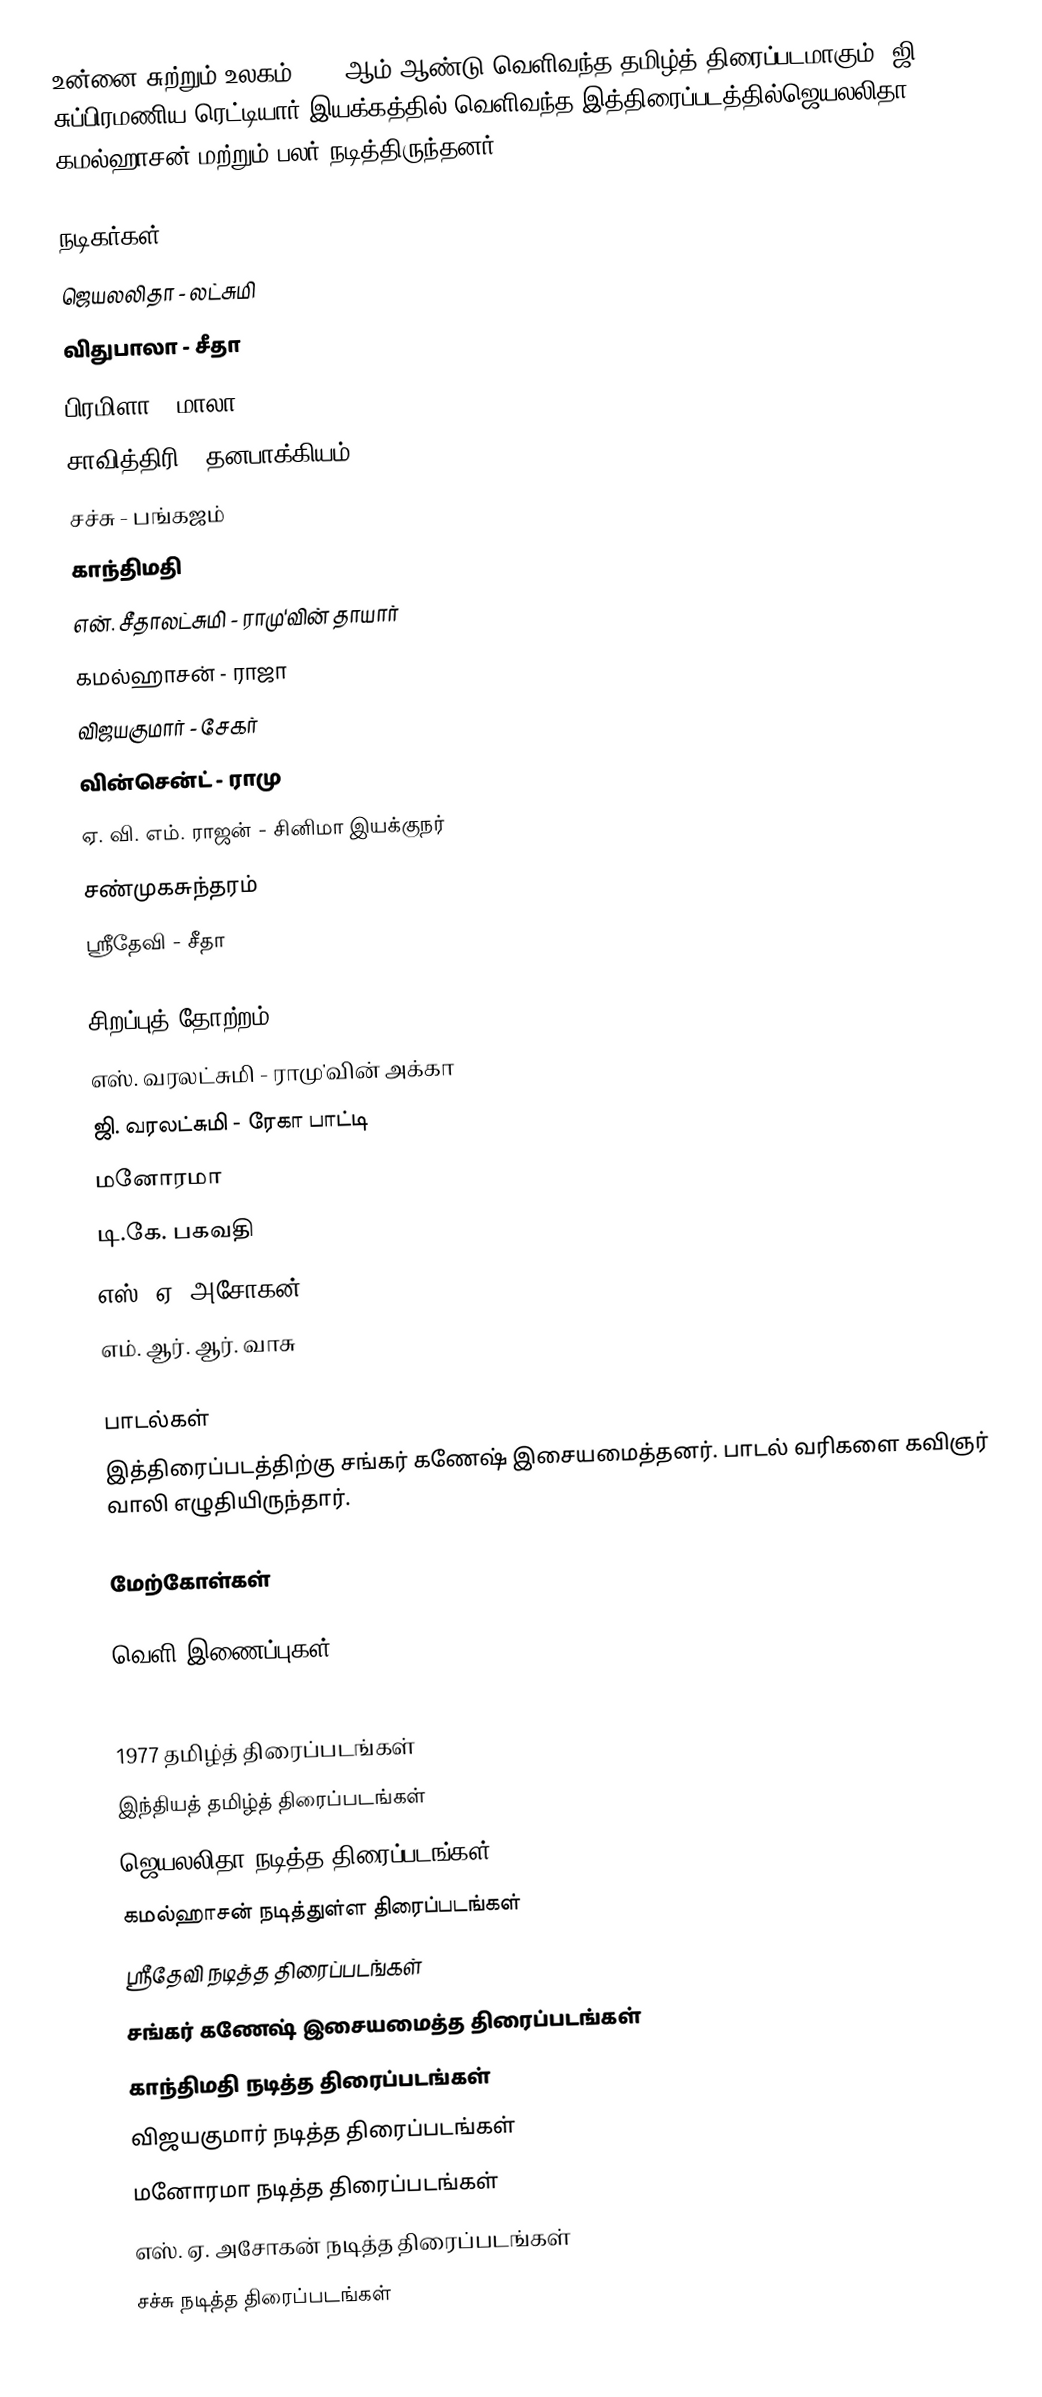
உன்னை சுற்றும் உலகம் 1977 ஆம் ஆண்டு வெளிவந்த தமிழ்த் திரைப்படமாகும். ஜி. சுப்பிரமணிய ரெட்டியார் இயக்கத்தில் வெளிவந்த இத்திரைப்படத்தில்ஜெயலலிதா, கமல்ஹாசன் மற்றும் பலர் நடித்திருந்தனர்.

நடிகர்கள்
ஜெயலலிதா - லட்சுமி
 விதுபாலா - சீதா
 பிரமிளா - மாலா
சாவித்திரி - தனபாக்கியம்
சச்சு - பங்கஜம்
காந்திமதி
 என். சீதாலட்சுமி - ராமு'வின் தாயார்
கமல்ஹாசன் - ராஜா
விஜயகுமார் - சேகர்
 வின்சென்ட் - ராமு
ஏ. வி. எம். ராஜன் - சினிமா இயக்குநர்
சண்முகசுந்தரம்
ஸ்ரீதேவி - சீதா

சிறப்புத் தோற்றம்
எஸ். வரலட்சுமி - ராமு'வின் அக்கா
ஜி. வரலட்சுமி - ரேகா பாட்டி
மனோரமா
டி.கே. பகவதி
எஸ். ஏ. அசோகன்
எம். ஆர். ஆர். வாசு

பாடல்கள்
இத்திரைப்படத்திற்கு சங்கர் கணேஷ் இசையமைத்தனர். பாடல் வரிகளை கவிஞர் வாலி எழுதியிருந்தார்.

மேற்கோள்கள்

வெளி இணைப்புகள்

1977 தமிழ்த் திரைப்படங்கள்
இந்தியத் தமிழ்த் திரைப்படங்கள்
ஜெயலலிதா நடித்த திரைப்படங்கள்
கமல்ஹாசன் நடித்துள்ள திரைப்படங்கள்
ஸ்ரீதேவி நடித்த திரைப்படங்கள்
சங்கர் கணேஷ் இசையமைத்த திரைப்படங்கள்
காந்திமதி நடித்த திரைப்படங்கள்
விஜயகுமார் நடித்த திரைப்படங்கள்
மனோரமா நடித்த திரைப்படங்கள்
எஸ். ஏ. அசோகன் நடித்த திரைப்படங்கள்
சச்சு நடித்த திரைப்படங்கள்